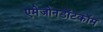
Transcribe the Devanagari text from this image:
एमेजोनडॉटकॉम